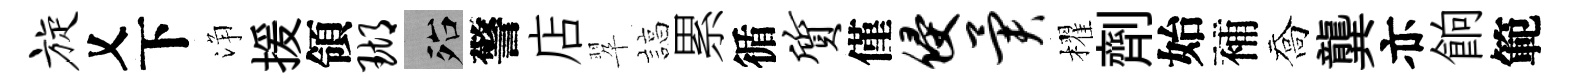
旋乂下浄援領瑚殆警店翆諄累循质僅侵异櫂劑始補喬龔亦餉範